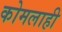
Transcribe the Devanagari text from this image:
कोमलाही